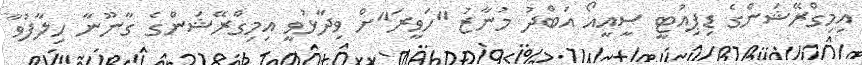
އިމިގްރޭޝަންގެ ޑިޕިއުޓީ ސީއީއޯ އަބްދު މުނާޒު "ހަވީރަ"ށް ވިދާޅުވީ އިމިގްރޭޝަންގެ ގާނޫނާ ހިލާފުވާ